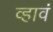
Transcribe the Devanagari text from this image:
व्‍हावं